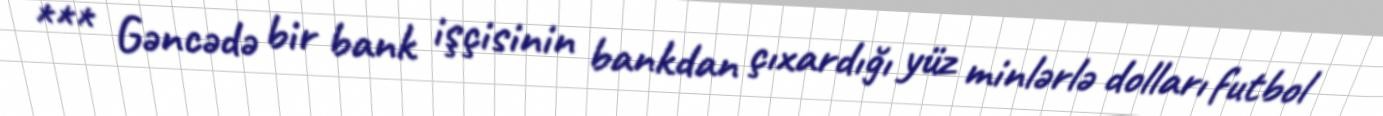
*** Gəncədə bir bank işçisinin bankdan çıxardığı yüz minlərlə dolları futbol